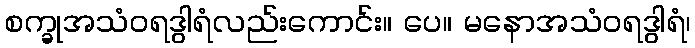
စက္ခုအသံဝရဒွါရံလည်းကောင်း။ ပေ။ မနောအသံဝရဒွါရံ၊